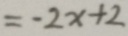
= - 2 x + 2